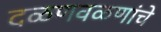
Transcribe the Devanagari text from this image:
दळणवळणांचे